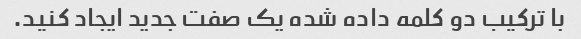
با ترکیب دو کلمه داده شده یک صفت جدید ایجاد کنید.